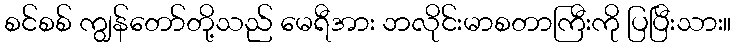
စင်စစ် ကျွန်တော်တို့သည် မေရီအား ဘလိုင်းမာစတာကြီးကို ပြပြီးသား။